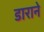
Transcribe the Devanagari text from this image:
डाराने